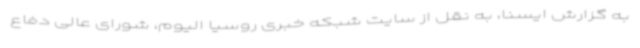
به گزارش ایسنا، به نقل از سایت شبکه خبری روسیا الیوم، شورای عالی دفاع